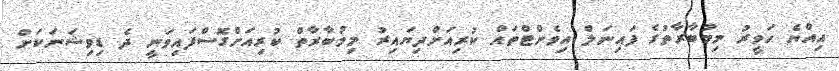
އިއްޔެ ހަވީރު މިމުބާރާތުގެ ފައިނަލް އިވެންޓްތައް ކުރިއަށްދިޔައިރު މިމުބާރާތް ކުރިއަށްގޮސްފައިވަނީ ދެ ޑިވިޝަނަކަށް